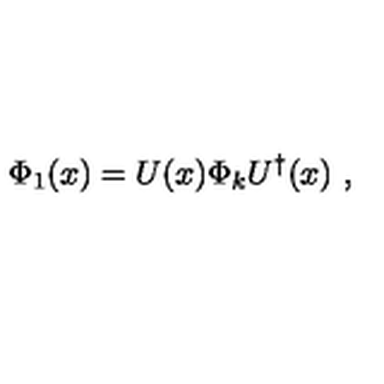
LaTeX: \Phi _ { 1 } ( x ) = U ( x ) \Phi _ { k } U ^ { \dagger } ( x ) \ ,